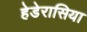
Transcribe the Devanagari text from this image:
हेडेरासिया